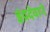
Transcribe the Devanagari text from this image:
इंद्रदेवाने